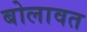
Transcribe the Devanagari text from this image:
बोलावत